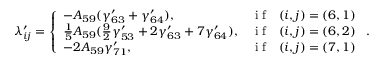
\lambda _ { i j } ^ { \prime } = \left\{ \begin{array} { l l } { - A _ { 5 9 } ( \gamma _ { 6 3 } ^ { \prime } + \gamma _ { 6 4 } ^ { \prime } ) , } & { \mathrm { ~ i ~ f ~ ~ ~ } ( i , j ) = ( 6 , 1 ) } \\ { \frac { 1 } { 5 } A _ { 5 9 } ( \frac { 9 } { 2 } \gamma _ { 5 3 } ^ { \prime } + 2 \gamma _ { 6 3 } ^ { \prime } + 7 \gamma _ { 6 4 } ^ { \prime } ) , } & { \mathrm { ~ i ~ f ~ ~ ~ } ( i , j ) = ( 6 , 2 ) } \\ { - 2 A _ { 5 9 } \gamma _ { 7 1 } ^ { \prime } , } & { \mathrm { ~ i ~ f ~ ~ ~ } ( i , j ) = ( 7 , 1 ) } \end{array} \right. .